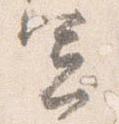
憲